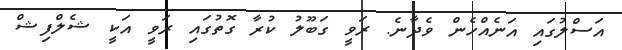
އަސްލުގައި އަނެއްހެން ވެދާނެ. ރަވީ ގަބޫލު ކުރާ ގޮތުގައި ރަވީ އަކީ ޝެލްފިޝް